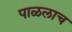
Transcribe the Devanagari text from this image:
पाळलाच